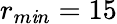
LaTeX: r_{m\mathit{i}n}=15